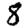
Digit: 8